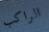
الراكب